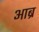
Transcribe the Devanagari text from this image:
आब्र